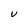
Character: V